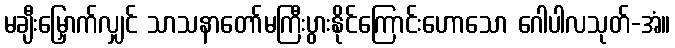
မချီးမြှောက်လျှင် သာသနာတော်မကြီးပွားနိုင်ကြောင်းဟောသော ဂေါပါလသုတ်-အံ။